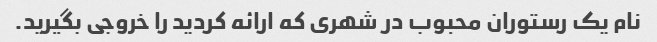
نام یک رستوران محبوب در شهری که ارائه کردید را خروجی بگیرید.